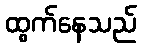
ထွက်နေသည်